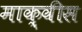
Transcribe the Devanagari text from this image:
माक़्वीस